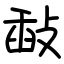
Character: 敮